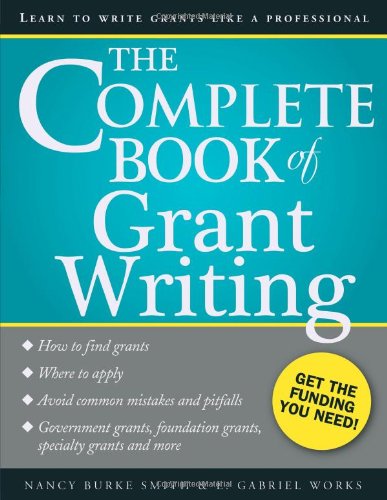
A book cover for The Complete Book of Grant Writing: Learn to Write Grants Like a Professional; Nancy Smith; Business & Money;